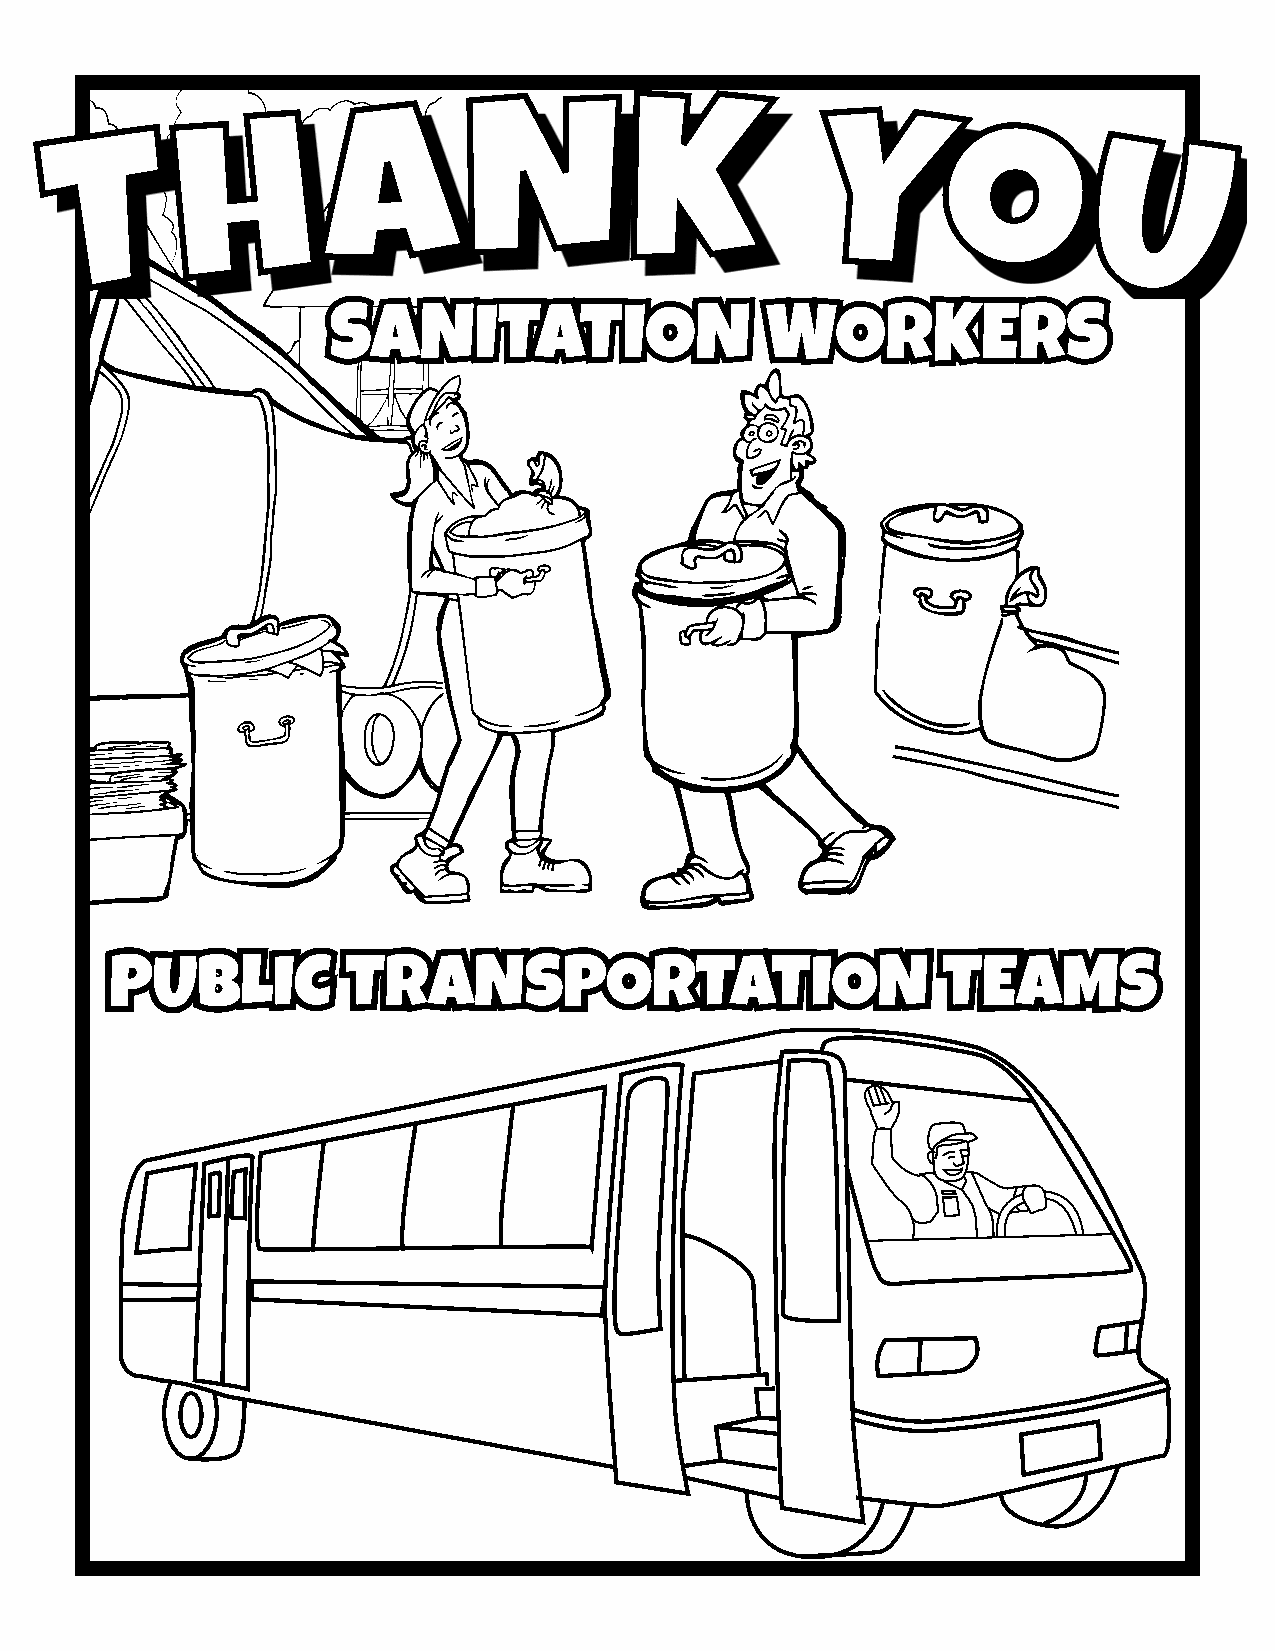
SSAANNIITTAATTIIOONN         WWOORRKKEERRSS
 PPUUBBLLIICC    TTRRAANNSSPPOORRTTAATTIIOONN           TTEEAAMMSS